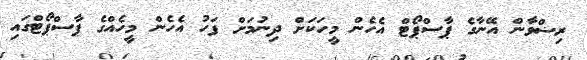
ރިޟްވާން އޭނާގެ ޕާސްޕޯޓް އެހެން މީހަކަށް ދިނުމަށް ފަހު އެހެން މީހެއްގެ ޕާސްޕޯޓްގައި